Report of the Bombay Veterinary College
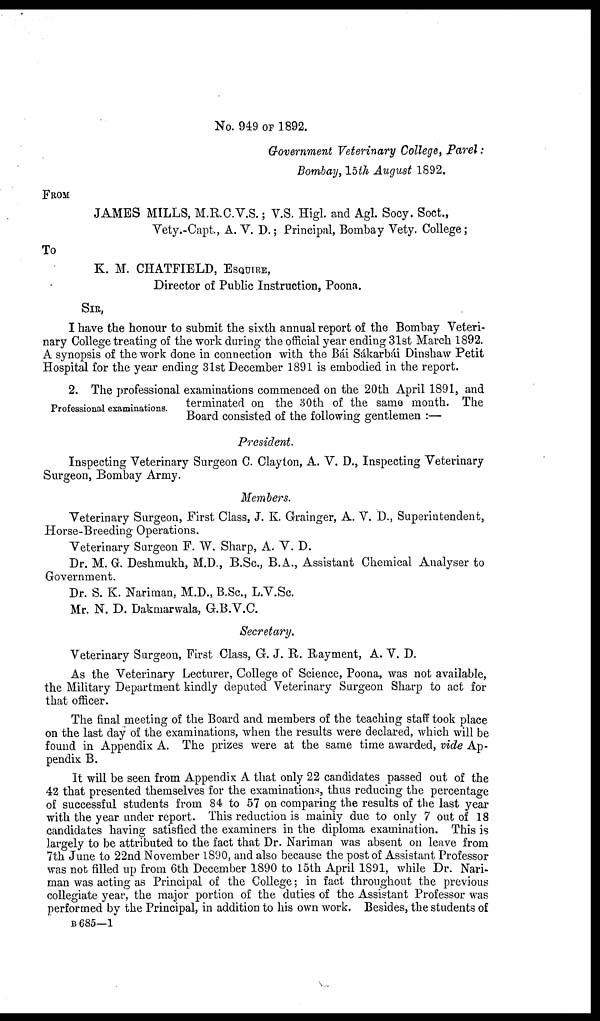
No. 949 OF 1892.
Government Veterinary College, Parel:
Bombay, 15th August 1892.
FROM
JAMES MILLS, M.R.C.V.S.; V.S. Higl. and Agl. Socy. Soct.,
Vety.-Capt., A. V. D.; Principal, Bombay Vety. College;
To
K. M. CHATFIELD, ESQUIRE,
Director of Public Instruction, Poona.
SIR,
I have the honour to submit the sixth annual report of the Bombay Veteri-
nary College treating of the work during the official year ending 31st March 1892.
A synopsis of the work done in connection with the Bái Sákarbái Dinshaw Petit
Hospital for the year ending 31st December 1891 is embodied in the report.
Professional examinations.
2. The professional examinations commenced on the 20th April 1891, and
terminated on the 30th of the same month.
The Board consisted of the following gentlemen :—
President.
Inspecting Veterinary Surgeon C. Clayton, A. V. D., Inspecting Veterinary
Surgeon, Bombay Army.
Members.
Veterinary Surgeon, First Class, J. K. Grainger, A. V. D., Superintendent,
Horse-Breeding Operations.
Veterinary Surgeon F. W. Sharp, A. V. D.
Dr. M. G. Deshmukh, M.D., B.Sc., B.A., Assistant Chemical Analyser to
Government.
Dr. S. K. Nariman, M.D., B.Sc., L.V.Sc.
Mr. N. D. Dakmarwala, G.B.V.C.
Secretary.
Veterinary Surgeon, First Class, G. J. R. Rayment, A. V. D.
As the Veterinary Lecturer, College of Science, Poona, was not available,
the Military Department kindly deputed Veterinary Surgeon Sharp to act for
that officer.
The final meeting of the Board and members of the teaching staff took place
on the last day of the examinations, when the results were declared, which will be
found in Appendix A. The prizes were at the same time awarded, vide Ap-
pendix B.
It will be seen from Appendix A that only 22 candidates passed out of the
42 that presented themselves for the examinations, thus reducing the percentage
of successful students from 84 to 57 on comparing the results of the last year
with the year under report. This reduction is mainly due to only 7 out of 18
candidates having satisfied the examiners in the diploma examination. This is
largely to be attributed to the fact that Dr. Nariman was absent on leave from
7th June to 22nd November 1890, and also because the post of Assistant Professor
was not filled up from 6th December 1890 to 15th April 1891, while Dr. Nari-
man was acting as Principal of the College; in fact throughout the previous
collegiate year, the major portion of the duties of the Assistant Professor was
performed by the Principal, in addition to his own work. Besides, the students of
B 685—1